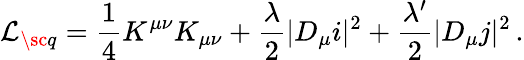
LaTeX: {\cal L}_{\sc q}=\frac{1}{4}K^{\mu\nu}K_{\mu\nu}+\frac{\lambda}{2}|D_{\mu}i|^{2}+\frac{\lambda^{\prime}}{2}|D_{\mu}j|^{2}\, .